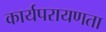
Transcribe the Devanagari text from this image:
कार्यपरायणता